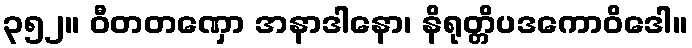
၃၅၂။ ဝီတတဏှော အနာဒါနော၊ နိရုတ္တိပဒကောဝိဒေါ။